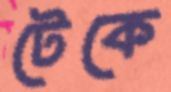
টেকে